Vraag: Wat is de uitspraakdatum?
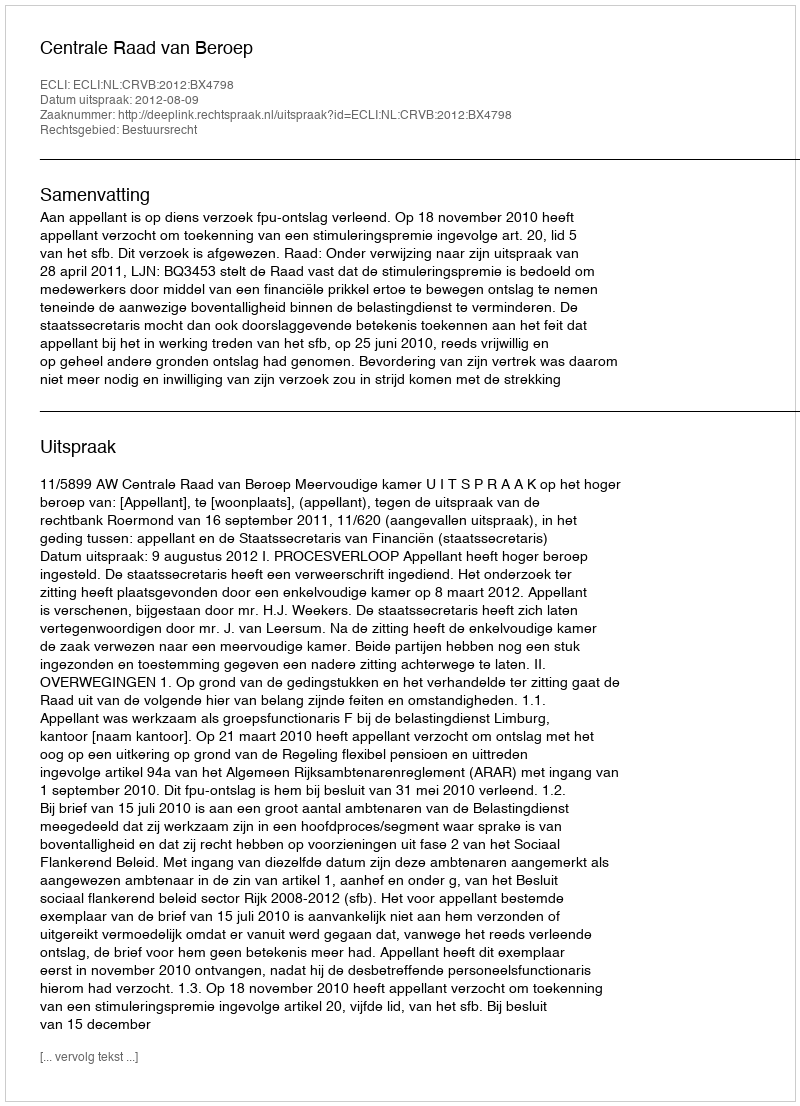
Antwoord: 2012-08-09